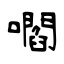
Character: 嚪